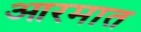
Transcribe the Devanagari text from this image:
आरमात